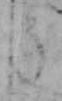
う